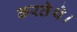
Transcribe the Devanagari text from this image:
करतेथे।